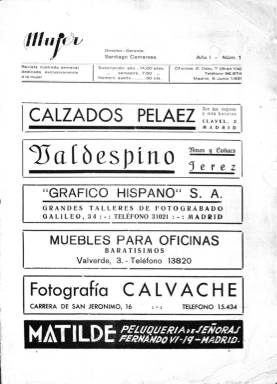
Título: Mujer (Madrid. 1931)
Colección: Revistas femeninas
Ámbito geográfico: Madrid
Lugar de publicación: Madrid
Fechas: 06/06/1931-15/12/1931

Revista semanal dirigida por el periodista y empresario Santiago Camarasa cuyo subtítulo, “dedicada exclusivamente a la mujer”, deja clara su línea editorial. Fundada días antes de las elecciones a Cortes Constituyentes de la II República, la publicación defenderá el derecho al sufragio de la mujer y se pondrá del lado de Clara Campoamor en el enfrentamiento dialéctico con Victoria Kent, partidaria de retrasar este derecho.

    La moderada línea política de la publicación, de 24 páginas y con abundantes fotografías, estaba a cargo de Ignacia Olavarría y como colaboradoras figuraba un plantel de escritoras y periodistas como Concha Espina, Margarita Nelken y Carmen de Burgos, Colombine.

   Las cubiertas de la revista reproducían retratos femeninos de famosos pintores antiguos y contemporáneos como doble homenaje a los artistas y a sus modelos, con especial preferencia por los cuadros del pintor Julio Romero de Torres.

   Uno de los rasgos más sobresalientes de la publicación eran sus secciones, encabezadas siempre por ‘La mujer’ y seguido por diferentes campos de actividad. Así por ejemplo en el número 4 de 27 de junio encontramos: La mujer en la actualidad; La mujer en literatura; La mujer en la política; La mujer ante “ellos”; La mujer en la agricultura; La mujer del pueblo; La mujer en el teatro; y La mujer en el reportaje.

   Algunos de estos epígrafes pueden variar de número a número en función de la temática del reportaje aunque había secciones fijas como la de La mujer en la política o La mujer en la literatura.

   En el número de 17 de octubre y tras aprobación en las Cortes del artículo que consagraba el derecho al voto de la mujer en la Constitución, la revista daba cuenta del “homenaje merecidísimo” que días antes cientos de mujeres habían tributado a la diputada Clara Campoamor por su lucha en favor de ese derecho.

En noviembre la publicación pasó a ser quincenal e informó de la reducción del precio de 30 a 20 céntimos. El objetivo era “dar la mayor popularidad a esta revista a costa de todo sacrificio por nuestra parte”. Su nuevo precio la hacía la revista más barata de España.

   Además, las cubiertas pasaban a ser caricaturas de las mujeres más destacadas de la actualidad. En los tres únicos números que salieron en esta nueva etapa podemos ver las caricaturas de Ana María  Martínez Sagi, vista por Orbegozo;  la novelista Concha Espina , vista por Soravilla; y Margarita Nelken, escritora y política, en una nueva caricatura de  Orbegozo.

   El último número de la revista fue el publicado el 15 de diciembre de 1931. Pese a que no le faltaban ingresos por publicidad, todo parece indicar que no eran suficientes y que la apuesta de reducir el precio no funcionó a la hora de captar más lectores en un mercado de la prensa muy competitivo en esos años

[Descripción publicada el 15/03/2019]